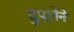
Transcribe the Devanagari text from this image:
दुप्लेने